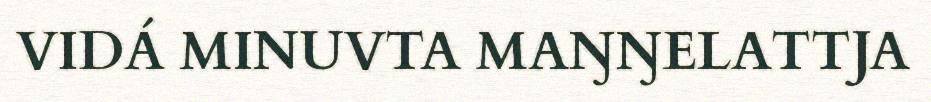
VIDÁ MINUVTA MAŊŊELATTJA